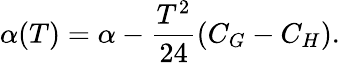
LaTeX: \alpha(T)=\alpha-\frac{T^{2}}{24}(C_{G}-C_{H}).